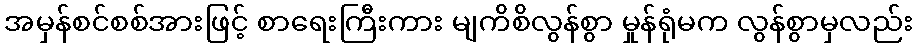
အမှန်စင်စစ်အားဖြင့် စာရေးကြီးကား မျကိစိလွန်စွာ မှုန်ရုံမက လွန်စွာမှလည်း